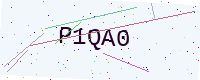
Text: P1QA0